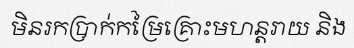
មិនរកប្រាក់កម្រៃគ្រោះមហន្តរាយ និង